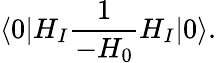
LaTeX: \langle 0|H_{I}{\frac{1}{-H_{0}}}H_{I}|0\rangle.